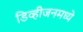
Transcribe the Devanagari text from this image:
डिव्हीजनमध्ये